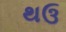
થઉ